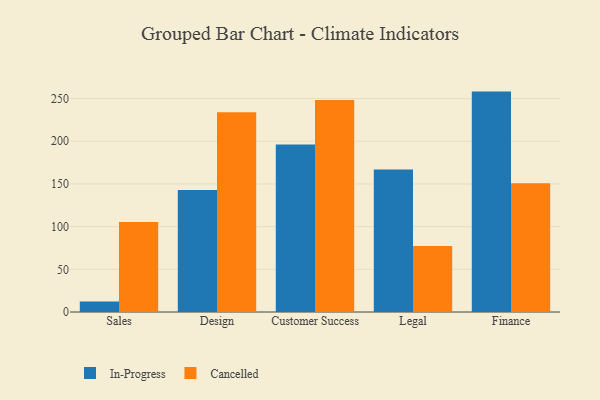
{"axis": {"x": "Department", "y": "Churn Rate (%)"}, "legend": ["Cancelled", "In-Progress"], "data": [{"x": "Sales", "y": 12.2, "type": "In-Progress"}, {"x": "Sales", "y": 105.5, "type": "Cancelled"}, {"x": "Design", "y": 142.9, "type": "In-Progress"}, {"x": "Design", "y": 233.9, "type": "Cancelled"}, {"x": "Customer Success", "y": 196.1, "type": "In-Progress"}, {"x": "Customer Success", "y": 248.3, "type": "Cancelled"}, {"x": "Legal", "y": 166.8, "type": "In-Progress"}, {"x": "Legal", "y": 77.3, "type": "Cancelled"}, {"x": "Finance", "y": 258.2, "type": "In-Progress"}, {"x": "Finance", "y": 150.7, "type": "Cancelled"}]}